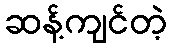
ဆန့်ကျင်တဲ့